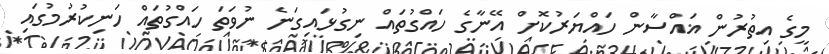
މީގެ އިތުރުން ޣައްސާން ހައްޔަރުކޮށް އޭނާގެ ހައްގުތައް ނިގުޅައިގަނެ ނުވަތަ ހައްގުތައް ހަނިކުރުމުގައި